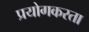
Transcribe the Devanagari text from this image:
प्रयोगकरता